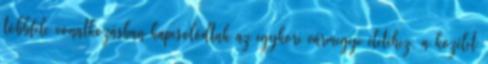
többféle vonatkozásban kapcsolódtak az egykori vármegye életéhez, a közélet